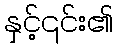
နှင့်၎င်း၏